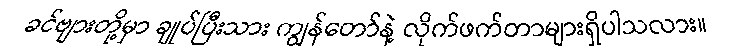
ခင်ဗျားတို့မှာ ချုပ်ပြီးသား ကျွန်တော်နဲ့ လိုက်ဖက်တာများရှိပါသလား။